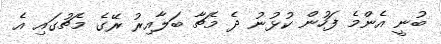
ބުނީ އެންމެ ފަހުން ކުޅުނު ދެ މެޗާ ބަލާއިރު ރޭގެ މެޗުގައި އެ